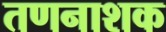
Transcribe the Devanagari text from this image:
तणनाशक